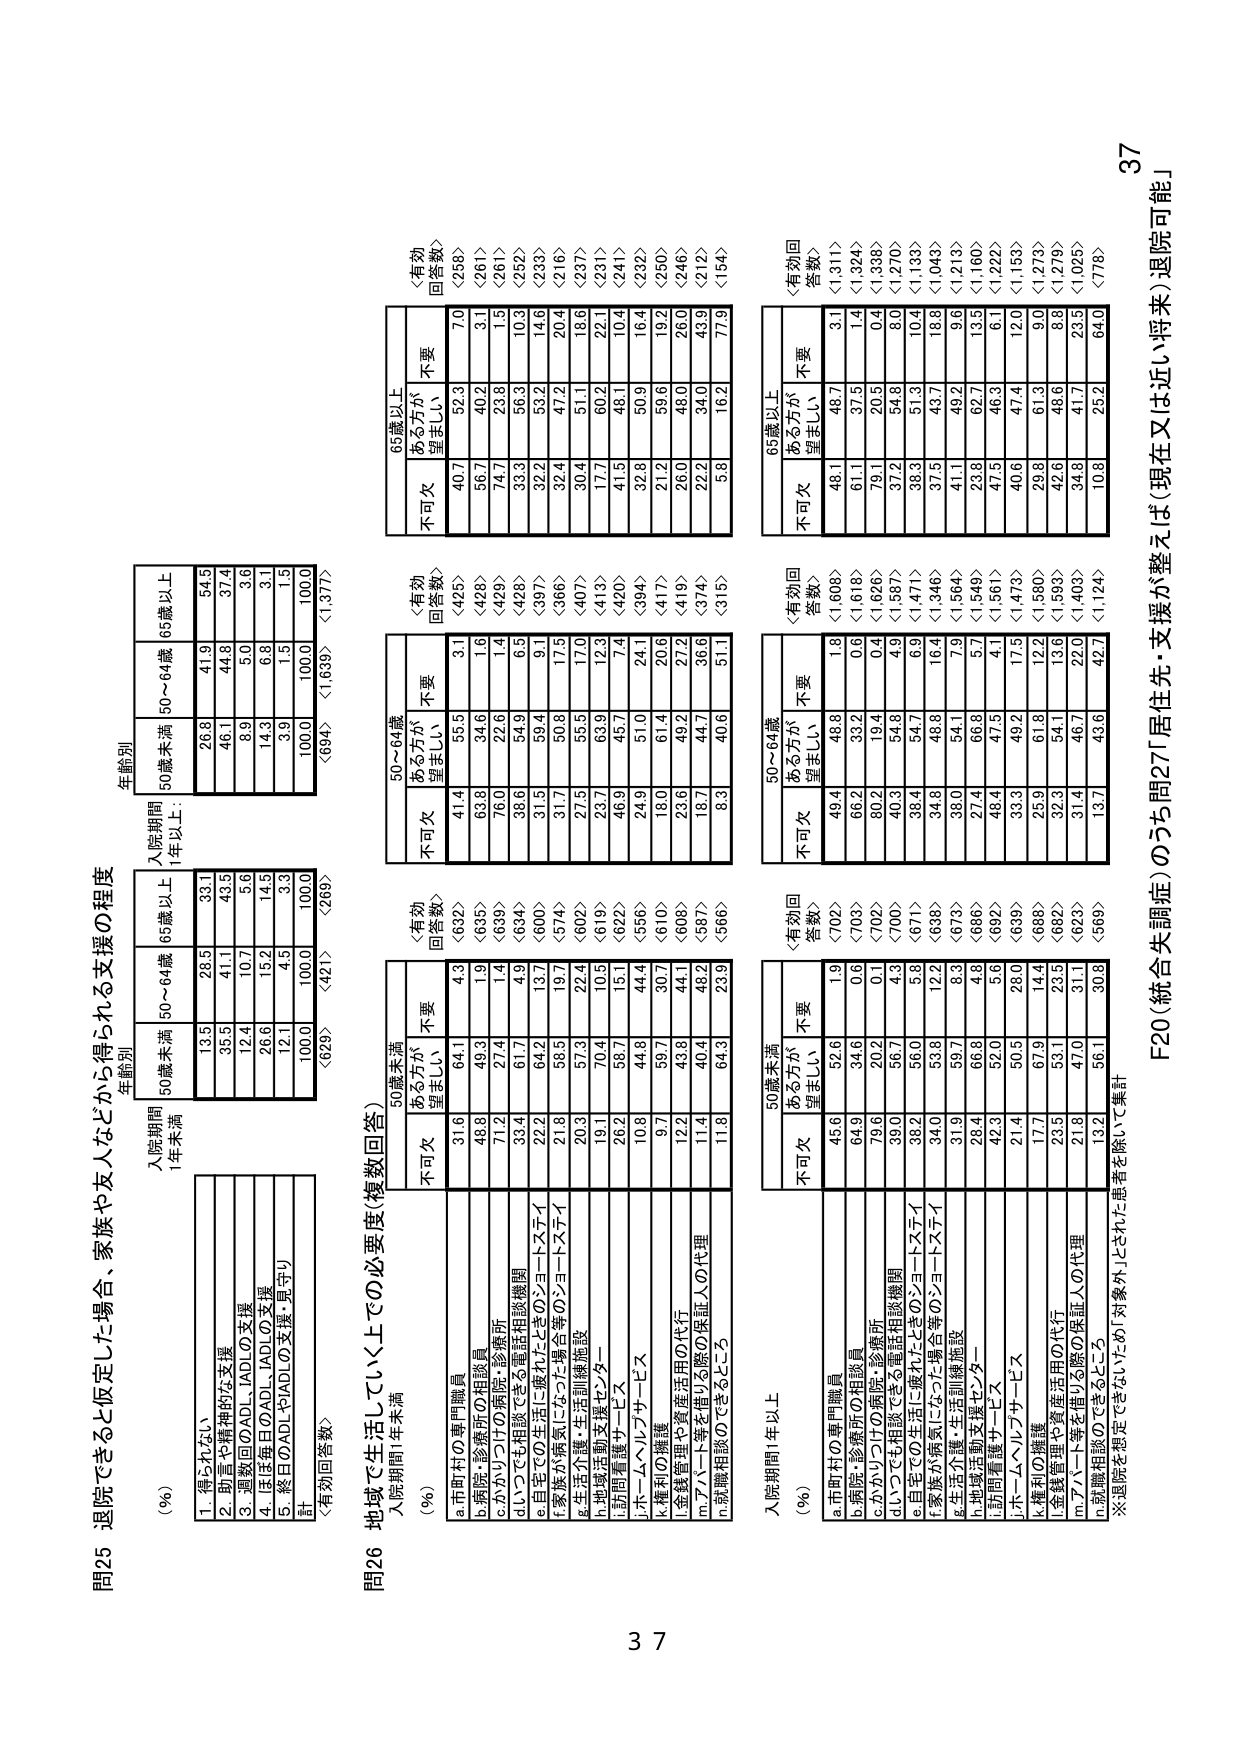
問25 退院できると仮定した場合、家族や友人などから得られる支援の程度

入院期間
1年未満

年齢別
50歳未満 50～64歳 65歳以上

(%) 1. 得られない 13.5 28.5 33.1
2. 調査や精神的な支援 35.5 41.1 43.5
3. 週数回のADL・IADLの支援 12.4 10.7 5.6
4. ほぼ毎日のADL・IADLの支援 26.6 15.2 14.5
5. 終日のADLやIADLの支援・見守り 12.1 4.5 3.3
計 100.0 100.0 100.0
〈有効回答数〉 〈629〉 〈421〉 〈269〉

入院期間
1年以上

年齢別
50歳未満 50～64歳 65歳以上

(%) 1. 得られない 26.8 41.9 54.5
2. 調査や精神的な支援 46.1 44.8 37.4
3. 週数回のADL・IADLの支援 8.9 5.0 3.6
4. ほぼ毎日のADL・IADLの支援 14.3 6.8 3.1
5. 終日のADLやIADLの支援・見守り 3.9 1.5 1.5
計 100.0 100.0 100.0
〈有効回答数〉 〈694〉 〈1639〉 〈1377〉

問26 地域で生活していく上での必要度（複数回答）

入院期間1年未満

(%) 50歳未満 50～64歳 65歳以上
不可欠 〈有効回答数〉 〈632〉 〈695〉 〈425〉
a.市町村の専門職員 31.6 64.1 4.3
b.病院・診療所の相談員 48.8 49.3 1.9
c.かかりつけの病院・診療所 71.2 27.4 1.4
d.いつでも相談できる電話相談機関 33.4 61.7 4.9
e.自宅での生活に適したきのうのショートステイ 22.2 64.2 13.7
f.家族が病気にふさわしい場合等のショートステイ 21.8 58.5 19.7
g.生活介護・生活訓練施設 20.3 57.3 22.4
h.地域活動支援センター 19.1 70.4 10.5
i.訪問看護サービス 26.2 56.7 15.1
j.ホームヘルプサービス 10.8 44.8 44.4
k.権利の擁護 9.7 59.7 30.7
l.金銭管理や資産活用の代行 12.2 43.8 44.1
m.アパート等を借りる際の保証人の代理 11.4 40.4 48.2
n.就職相談のできるところ 11.8 64.3 23.9

〈有効回答数〉 〈632〉 〈695〉 〈425〉
不可欠 ある方が望ましい 不要
a.市町村の専門職員 31.6 64.1 4.3
b.病院・診療所の相談員 48.8 49.3 1.9
c.かかりつけの病院・診療所 71.2 27.4 1.4
d.いつでも相談できる電話相談機関 33.4 61.7 4.9
e.自宅での生活に適したきのうのショートステイ 22.2 64.2 13.7
f.家族が病気にふさわしい場合等のショートステイ 21.8 58.5 19.7
g.生活介護・生活訓練施設 20.3 57.3 22.4
h.地域活動支援センター 19.1 70.4 10.5
i.訪問看護サービス 26.2 56.7 15.1
j.ホームヘルプサービス 10.8 44.8 44.4
k.権利の擁護 9.7 59.7 30.7
l.金銭管理や資産活用の代行 12.2 43.8 44.1
m.アパート等を借りる際の保証人の代理 11.4 40.4 48.2
n.就職相談のできるところ 11.8 64.3 23.9

入院期間1年以上

(%) 50歳未満 50～64歳 65歳以上
不可欠 〈有効回答数〉 〈702〉 〈703〉 〈1608〉
a.市町村の専門職員 45.6 52.6 1.9
b.病院・診療所の相談員 64.9 34.6 0.6
c.かかりつけの病院・診療所 75.6 20.2 0.1
d.いつでも相談できる電話相談機関 39.0 56.7 4.3
e.自宅での生活に適したきのうのショートステイ 38.2 56.0 5.8
f.家族が病気にふさわしい場合等のショートステイ 34.0 53.8 12.2
g.生活介護・生活訓練施設 31.9 59.7 8.3
h.地域活動支援センター 28.4 66.8 4.8
i.訪問看護サービス 49.3 52.0 5.6
j.ホームヘルプサービス 21.4 50.5 28.0
k.権利の擁護 17.7 67.9 14.4
l.金銭管理や資産活用の代行 23.5 53.1 23.5
m.アパート等を借りる際の保証人の代理 21.8 47.0 31.1
n.就職相談のできるところ 15.2 56.1 30.8

〈有効回答数〉 〈702〉 〈703〉 〈1608〉
不可欠 ある方が望ましい 不要
a.市町村の専門職員 45.6 52.6 1.9
b.病院・診療所の相談員 64.9 34.6 0.6
c.かかりつけの病院・診療所 75.6 20.2 0.1
d.いつでも相談できる電話相談機関 39.0 56.7 4.3
e.自宅での生活に適したきのうのショートステイ 38.2 56.0 5.8
f.家族が病気にふさわしい場合等のショートステイ 34.0 53.8 12.2
g.生活介護・生活訓練施設 31.9 59.7 8.3
h.地域活動支援センター 28.4 66.8 4.8
i.訪問看護サービス 49.3 52.0 5.6
j.ホームヘルプサービス 21.4 50.5 28.0
k.権利の擁護 17.7 67.9 14.4
l.金銭管理や資産活用の代行 23.5 53.1 23.5
m.アパート等を借りる際の保証人の代理 21.8 47.0 31.1
n.就職相談のできるところ 15.2 56.1 30.8

F20（統合失調症）のうち問27「居住先・支援が整えば（現在又は近い将来）退院可能」

※退院を想定できない方（対象外）とされた患者を除いて集計

37